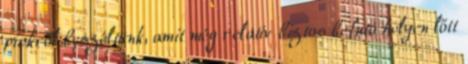
pickről beszéltünk, amit még relatív biztos befutó helyen lőtt